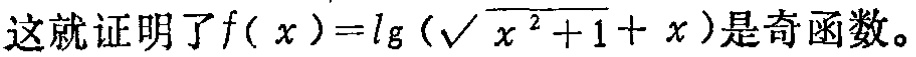
这就证明了\(f( x )=\lg (\sqrt{ x^{2}+1}+ x )\)是奇函数。